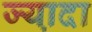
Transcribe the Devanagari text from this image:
ज्या़दा